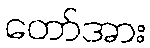
တော်အား